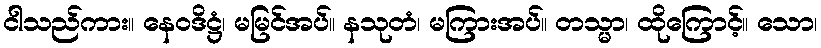
ငါသည်ကား။ နေဝဒိဋ္ဌံ၊ မမြင်အပ်။ နသုတံ၊ မကြားအပ်။ တသ္မာ၊ ထိုကြောင့်။ သော၊